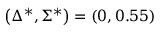
\left( \Delta ^ { * } , \Sigma ^ { * } \right) = \left( 0 , 0 . 5 5 \right)